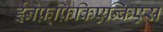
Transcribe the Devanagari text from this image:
ईनेफ़्फ़िकिएन्किएस